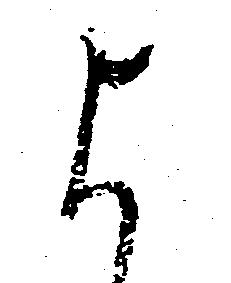
よ